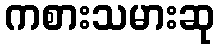
ကစားသမားဆု